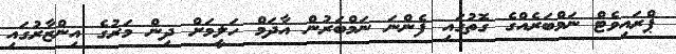
ޕްރައިވެޓް ނަމްބަރެއްގެ ގޮތުގައި ފެންނަ ނަމްބަރުން އާދަމް ހަލީމަށް ދިން މަރުގެ އިންޒާރުގައި